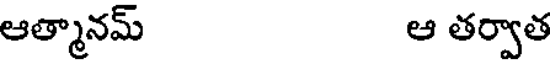
ఆత్మానమ్ ఆ తర్వాత